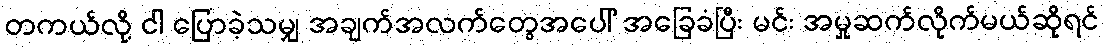
တကယ်လို့ ငါ ပြောခဲ့သမျှ အချက်အလက်တွေအပေါ် အခြေခံပြီး မင်း အမှုဆက်လိုက်မယ်ဆိုရင်